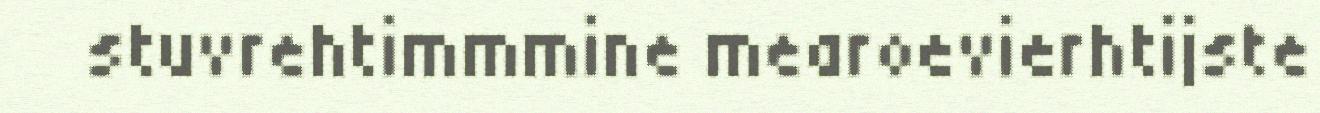
stuvrehtimmmine mearoevierhtijste